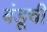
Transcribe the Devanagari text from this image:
बंडूची